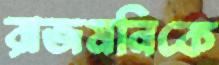
রাজমনিকে